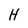
Character: H